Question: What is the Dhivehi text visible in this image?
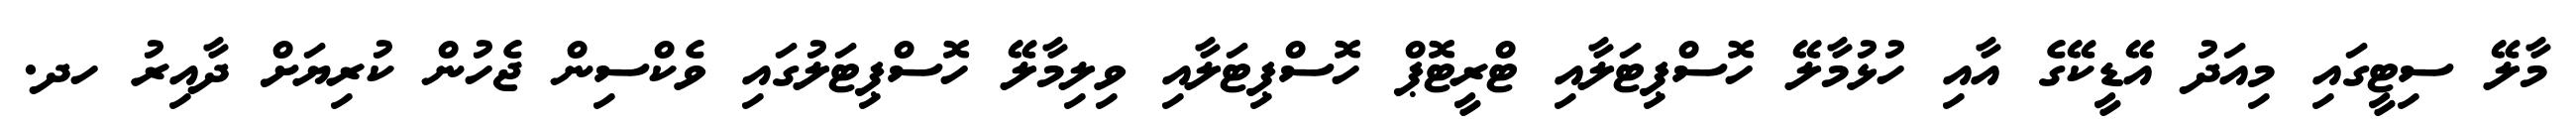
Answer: މާލޭ ސިޓީގައި މިއަދު އޭޑީކޭގެ އާއި ހުޅުމާލޭ ހޮސްޕިޓަލާއި ޓްރީޓޮޕް ހޮސްޕިޓަލާއި ވިލިމާލޭ ހޮސްޕިޓަލުގައި ވެކްސިން ޖެހުން ކުރިޔަށް ދާއިރު ހދ.